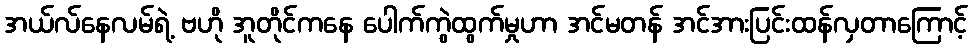
အယ်လ်နေလမ်ရဲ့ ဗဟို အူတိုင်ကနေ ပေါက်ကွဲထွက်မှုဟာ အင်မတန် အင်အားပြင်းထန်လှတာကြောင့်